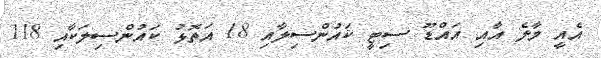
އެއީ މާލެ އާއި އައްޑޫ ސިޓީ ކައުންސިލާއި 18 އަތޮޅު ކައުންސިލަކާއި 118